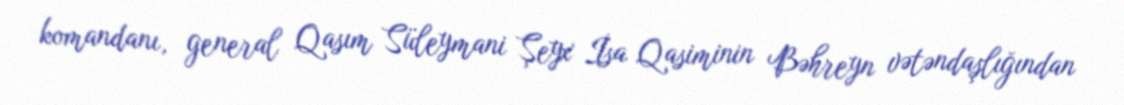
komandanı, general Qasım Süleymani Şeyx İsa Qasiminin Bəhreyn vətəndaşlığından